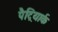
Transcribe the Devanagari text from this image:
पैट्रियार्क